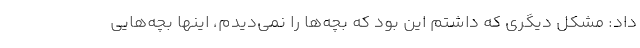
داد: مشکل دیگری که داشتم این بود که بچه‌ها را نمی‌دیدم، اینها بچه‌هایی